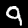
Label: 9